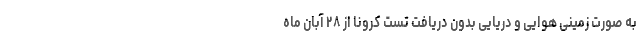
به صورت زمینی هوایی و دریایی بدون دریافت تست کرونا از ۲۸ آبان ماه